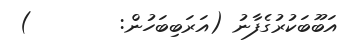
އަބޫބަކުރުގެފާނު (އަރަބިބަހުން:        )